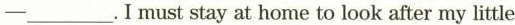
—___,Imust stay at home to look after my little